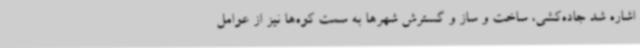
اشاره شد جاده‌کشی، ساخت و ساز و گسترش شهرها به سمت کوه‌ها نیز از عوامل